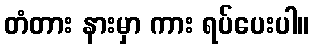
တံတား နားမှာ ကား ရပ်ပေးပါ။